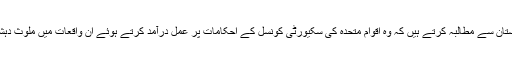
مائیک پومپیو نے اپنے بیان میں کہا، ’’ہم ان تمام ممالک سے، اور خصوصاﹰ پاکستان سے مطالبہ کرتے ہیں کہ وہ اقوام متحدہ کی سکیورٹی کونسل کے احکامات پر عمل درآمد کرتے ہوئے ان واقعات میں ملوث دہشتگردوں پر بشمول لشکرِ طیبہ اور ان کے اتحادی گروہ پر پابندیاں عائد کریں، ‘‘۔